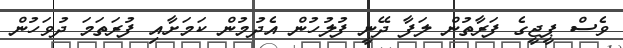
ވެސް ޕީޖީގެ ފަރާތުން ލަފާ ދޭނީ ފުލުހުން އެދުމުން ކަމަށާއި ފުރަތަމަ ދުވަހުން